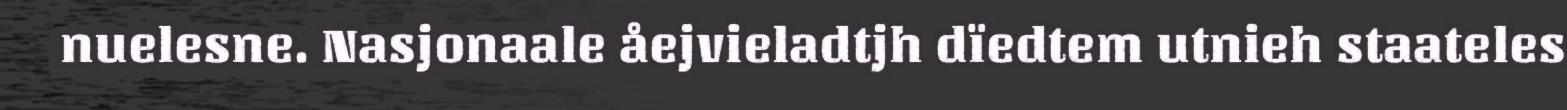
nuelesne. Nasjonaale åejvieladtjh dïedtem utnieh staateles